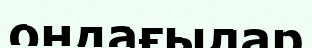
ондағылар